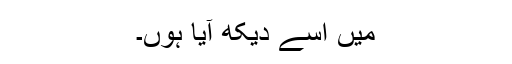
میں اسے دیکھ آیا ہوں۔